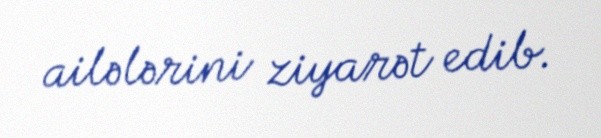
ailələrini ziyarət edib.